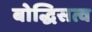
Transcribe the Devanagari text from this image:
बोद्धिसत्व